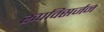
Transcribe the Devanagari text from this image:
रूपविसर्जन